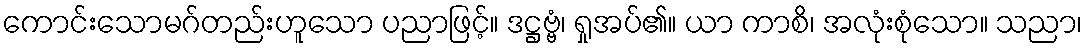
ကောင်းသောမဂ်တည်းဟူသော ပညာဖြင့်။ ဒဋ္ဌဗ္ဗံ၊ ရှုအပ်၏။ ယာ ကာစိ၊ အလုံးစုံသော။ သညာ၊